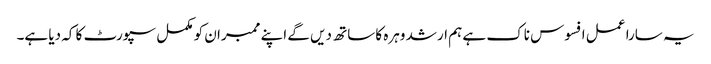
یہ سارا عمل افسوس ناک ہے ہم ارشد وہرہ کا ساتھ دیں گے اپنے ممبران کو مکمل سپورٹ کا کہ دیا ہے۔